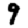
Digit: 9